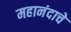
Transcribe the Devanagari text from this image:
महानंदाचे